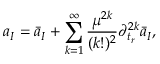
a _ { I } = \bar { a } _ { I } + \sum _ { k = 1 } ^ { \infty } { \frac { \mu ^ { 2 k } } { ( k ! ) ^ { 2 } } } \partial _ { t _ { r } } ^ { 2 k } \bar { a } _ { I } ,